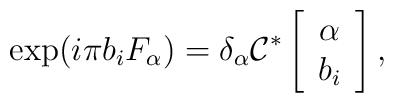
\exp(i \pi b_i F_{\alpha})= {\delta}_{\alpha}{\cal C}^*\left[\begin{array}{c}{\alpha} \\b_i\end{array}\right],